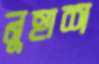
নুহাশ